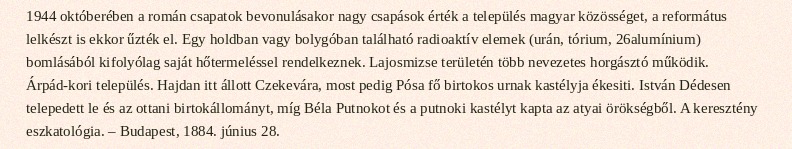
1944 októberében a román csapatok bevonulásakor nagy csapások érték a település magyar közösséget, a református lelkészt is ekkor űzték el. Egy holdban vagy bolygóban található radioaktív elemek (urán, tórium, 26alumínium) bomlásából kifolyólag saját hőtermeléssel rendelkeznek. Lajosmizse területén több nevezetes horgásztó működik. Árpád-kori település. Hajdan itt állott Czekevára, most pedig Pósa fő birtokos urnak kastélyja ékesiti. István Dédesen telepedett le és az ottani birtokállományt, míg Béla Putnokot és a putnoki kastélyt kapta az atyai örökségből. A keresztény eszkatológia. – Budapest, 1884. június 28.